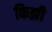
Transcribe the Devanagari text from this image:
किझी